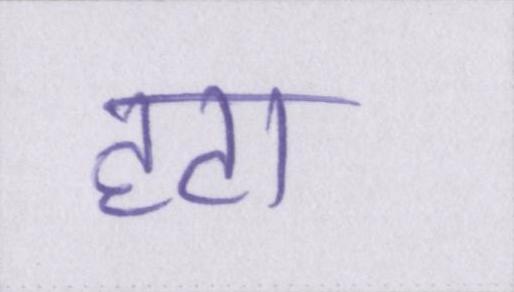
हटा